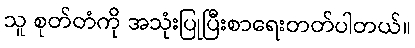
သူ စုတ်တံကို အသုံးပြုပြီးစာရေးတတ်ပါတယ်။